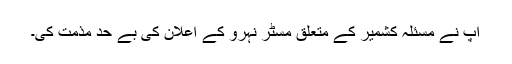
آپ نے مسئلہ کشمیر کے متعلق مسٹر نہرو کے اعلان کی بے حد مذمت کی۔